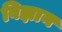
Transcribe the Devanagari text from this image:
विज्ञान